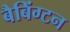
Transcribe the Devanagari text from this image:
बैबिंग्टन